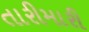
તારીમારી